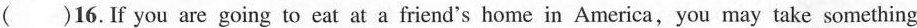
()16.If you are going to eat at a friend's home in America,you may take something